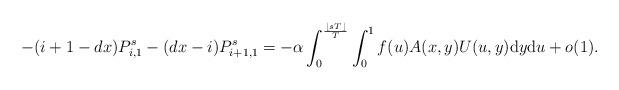
LaTeX: \begin{align*} -(i+1-dx) P_{i,1}^s-(dx-i) P_{i+1,1}^s = -\alpha \int_0^{\frac{\lfloor sT\rfloor}{T}}\int_0^1 f(u)A(x,y)U(u,y)\mathrm{d}y\mathrm{d}u+o(1). \end{align*}